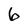
Character: 6